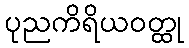
ပုညကိရိယဝတ္ထု